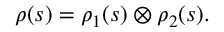
\rho ( s ) = \rho _ { 1 } ( s ) \otimes \rho _ { 2 } ( s ) .